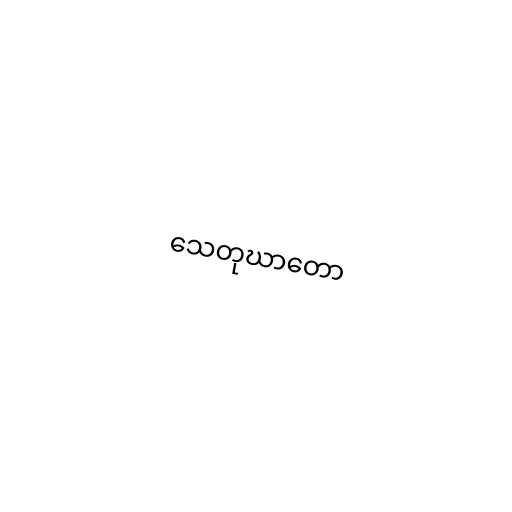
သေတုဃာတော